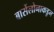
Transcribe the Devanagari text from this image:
बार्सेलोनाकडुन